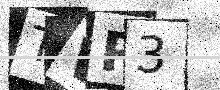
Text: TVR3